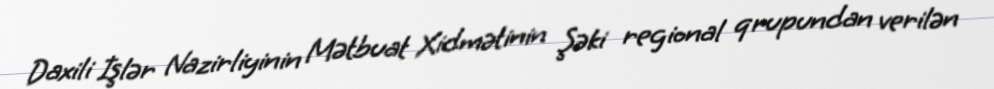
Daxili İşlər Nazirliyinin Mətbuat Xidmətinin Şəki regional qrupundan verilən